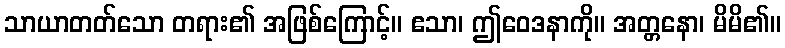
သာယာတတ်သော တရား၏ အဖြစ်ကြောင့်။ ဧသာ၊ ဤဝေဒနာကို။ အတ္တနော၊ မိမိ၏။